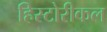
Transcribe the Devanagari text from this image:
हिस्टोरीकल